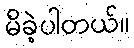
မိခဲ့ပါတယ်။